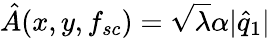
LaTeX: \hat{A}(x,y,f_{sc})=\sqrt{\lambda}\alpha|\hat{q}_{1}|